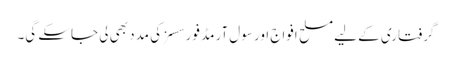
گرفتاری کے لیے مسلح افواج اور سول آرمڈ فورسسز کی مدد بھی لی جاسکے گی۔